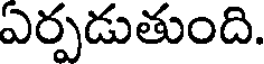
ఏర్పడుతుంది.